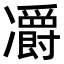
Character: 𠘣